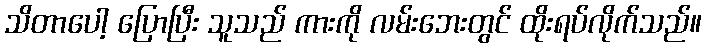
သိတာပေါ့ ပြောပြီး သူသည် ကားကို လမ်းဘေးတွင် ထိုးရပ်လိုက်သည်။